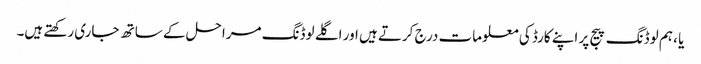
یا ، ہم لوڈنگ پیج پر اپنے کارڈ کی معلومات درج کرتے ہیں اور اگلے لوڈنگ مراحل کے ساتھ جاری رکھتے ہیں۔